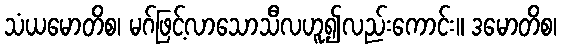
သံယမောတိစ၊ မဂ်ဖြင့်လာသောသီလဟူ၍လည်းကောင်း။ ဒမောတိစ၊